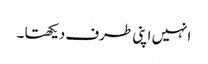
انہیں اپنی طرف دیکھتا ۔